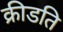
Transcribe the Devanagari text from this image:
क्रीडति